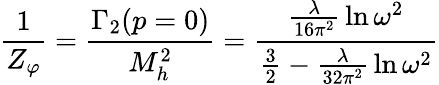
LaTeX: {\frac{1}{Z_{\varphi}}}={\frac{\Gamma_{2}(p=0)}{M_{h}^{2}}}={\frac{{\frac{\lambda}{16\pi^{2}}}\ln\omega^{2}}{{\frac{3}{2}}-{\frac{\lambda}{32\pi^{2}}}\ln\omega^{2}}}